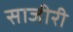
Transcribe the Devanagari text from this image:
साजीरी